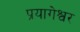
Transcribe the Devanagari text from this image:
प्रयागेश्वर